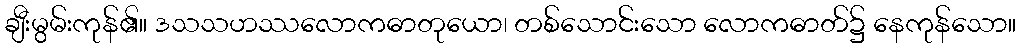
ချီးမွမ်းကုန်၏။ ဒသသဟဿလောကဓာတုယော၊ တစ်သောင်းသော လောကဓာတ်၌ နေကုန်သော။